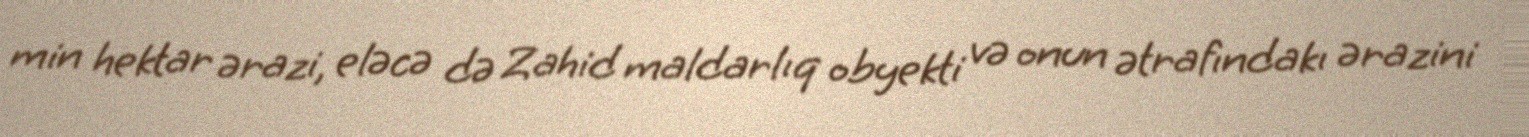
min hektar ərazi, eləcə də Zahid maldarlıq obyekti və onun ətrafındakı ərazini